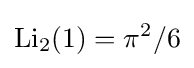
\operatorname {Li} _{2}(1)=\pi ^{2}/6